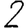
Digit: 2